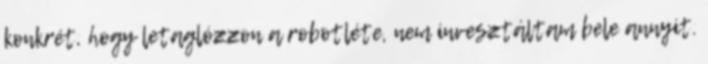
konkrét, hogy letaglózzon a robotléte, nem invesztáltam bele annyit.